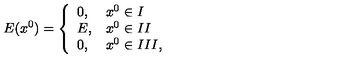
E ( x ^ { 0 } ) = \left\{ \begin{array} { l l } { 0 , } & { x ^ { 0 } \in I } \\ { E , } & { x ^ { 0 } \in I I } \\ { 0 , } & { x ^ { 0 } \in I I I , } \\ \end{array} \right.